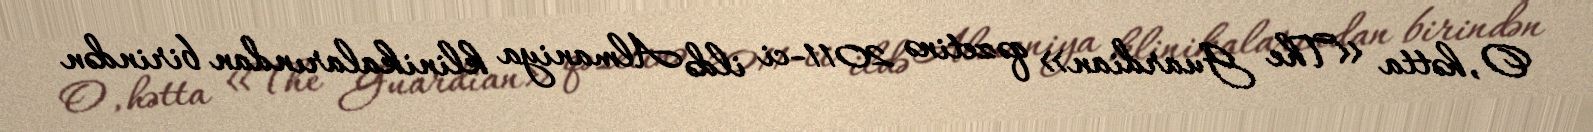
O, hətta «The Guardian» qəzetinə 2011-ci ildə Almaniya klinikalarından birindən